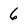
Character: 6